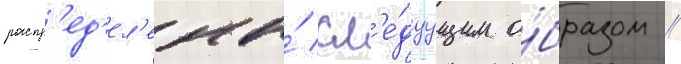
распр'ед'ел'ены́ сл'е́дуущим о́бразом //